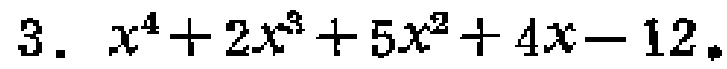
$3.\ x^{4}+2x^{3}+5x^{2}+4x - 12$